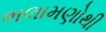
ભલામણોથી